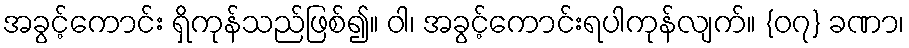
အခွင့်ကောင်း ရှိကုန်သည်ဖြစ်၍။ ဝါ၊ အခွင့်ကောင်းရပါကုန်လျက်။ {၀၇} ခဏာ၊